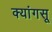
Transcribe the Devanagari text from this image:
क्यांगसू